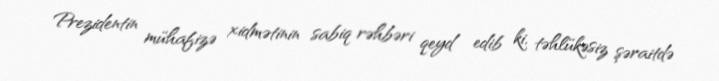
Prezidentin mühafizə xidmətinin sabiq rəhbəri qeyd edib ki, təhlükəsiz şəraitdə